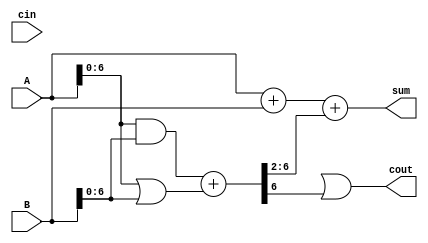
module carry_skip_adder (
    input wire [7:0] A,
    input wire [7:0] B,
    input wire cin,
    output wire [7:0] sum,
    output wire cout
);

wire [6:0] p, g, c;
wire [6:0] c_skip;

assign p = A[6:0] & B[6:0];
assign g = A[6:0] | B[6:0];
assign c = {1'b0, p} + g;

assign c_skip = {c[6], c[5], c[4], c[3], c[2], 1'b0, 1'b0};

assign sum = A + B + {c_skip[6], c_skip[5], c_skip[4], c_skip[3], c_skip[2]};
assign cout = c[7] | (c_skip[6] & c[6]);

endmodule